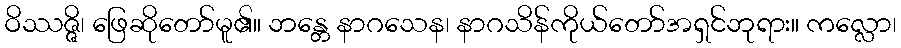
ဝိဿဇ္ဇိ၊ ဖြေဆိုတော်မူ၏။ ဘန္တေ နာဂသေန၊ နာဂသိန်ကိုယ်တော်အရှင်ဘုရား။ ကလ္လော၊